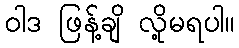
ဝါဒ ဖြန့်ချိ လို့မရပါ။